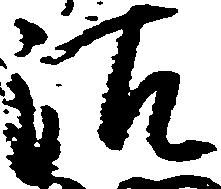
沽